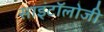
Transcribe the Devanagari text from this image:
साइंटॉलोजी